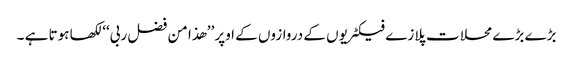
بڑے بڑے محلات پلازے فیکٹریوں کے دروازوں کے اوپر ’’ھذا من فضل ربی‘‘لکھا ہوتا ہے ۔